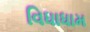
વિધાધામ